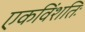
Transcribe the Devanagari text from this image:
एकविंशतिः